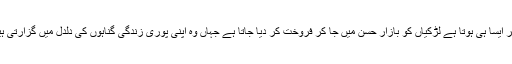
اکثر ایسا ہی ہوتا ہے لڑکیاں کو بازار حسن میں جا کر فروخت کر دیا جاتا ہے جہاں وہ اپنی پوری زندگی گناہوں کی دلدل میں گزارتی ہیں۔